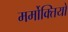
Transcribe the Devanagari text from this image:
मर्मोक्तियों